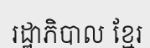
រដ្ឋាភិបាល ខ្មែរ